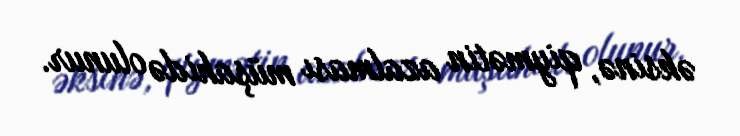
əksinə, qiymətin azalması müşahidə olunur.